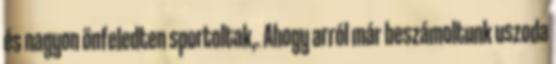
és nagyon önfeledten sportoltak,. Ahogy arról már beszámoltunk uszoda